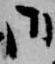
御